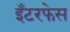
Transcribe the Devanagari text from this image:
इँटरफेस